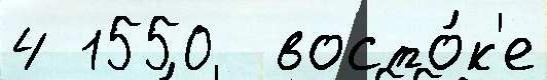
4 1550  восто́к'е